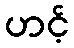
ဟင့်